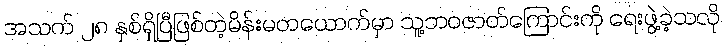
အသက် ၂၈ နှစ်ရှိပြီဖြစ်တဲ့မိန်းမတယောက်မှာ သူ့ဘဝဇာတ်ကြောင်းကို ရေးဖွဲ့ခဲ့သလို